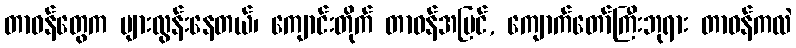
တာဝန်တွေက များလွန်းနေတယ်၊ ကျောင်းတိုက် တာဝန်အပြင်, ကျောက်တော်ကြီးဘုရား တာဝန်ကလဲ